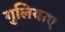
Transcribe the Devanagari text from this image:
गुलियाए